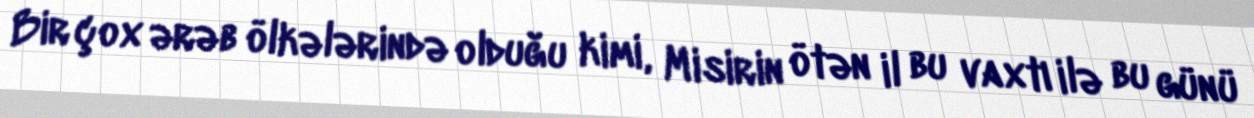
Bir çox ərəb ölkələrində olduğu kimi, Misirin ötən il bu vaxtı ilə bu günü